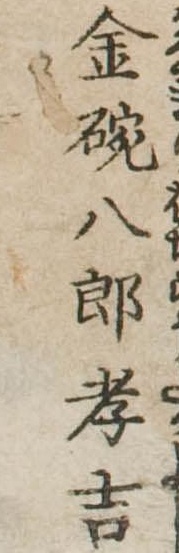
金碗八郎孝吉